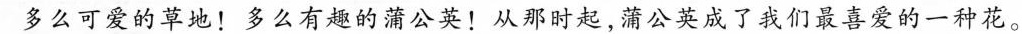
多么可爱的草地！多么有趣的蒲公英！从那时起，蒲公英成了我们最喜爱的一种花。